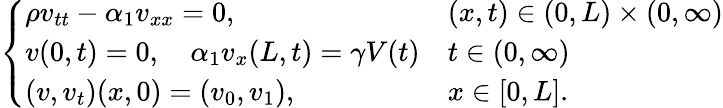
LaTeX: \left\{ \begin{array}{ll}{\rho v_{tt}-\alpha_{1}v_{xx}=0,}&{(x,t)\in(0,L)\times(0,\infty)}\\ {v(0,t)=0,\quad\alpha_{1}v_{x}(L,t)=\gamma V(t)}&{t\in(0,\infty)}\\ {(v,v_{t})(x,0)=(v_{0},v_{1}),}&{x\in[0,L].}\end{array}\right.